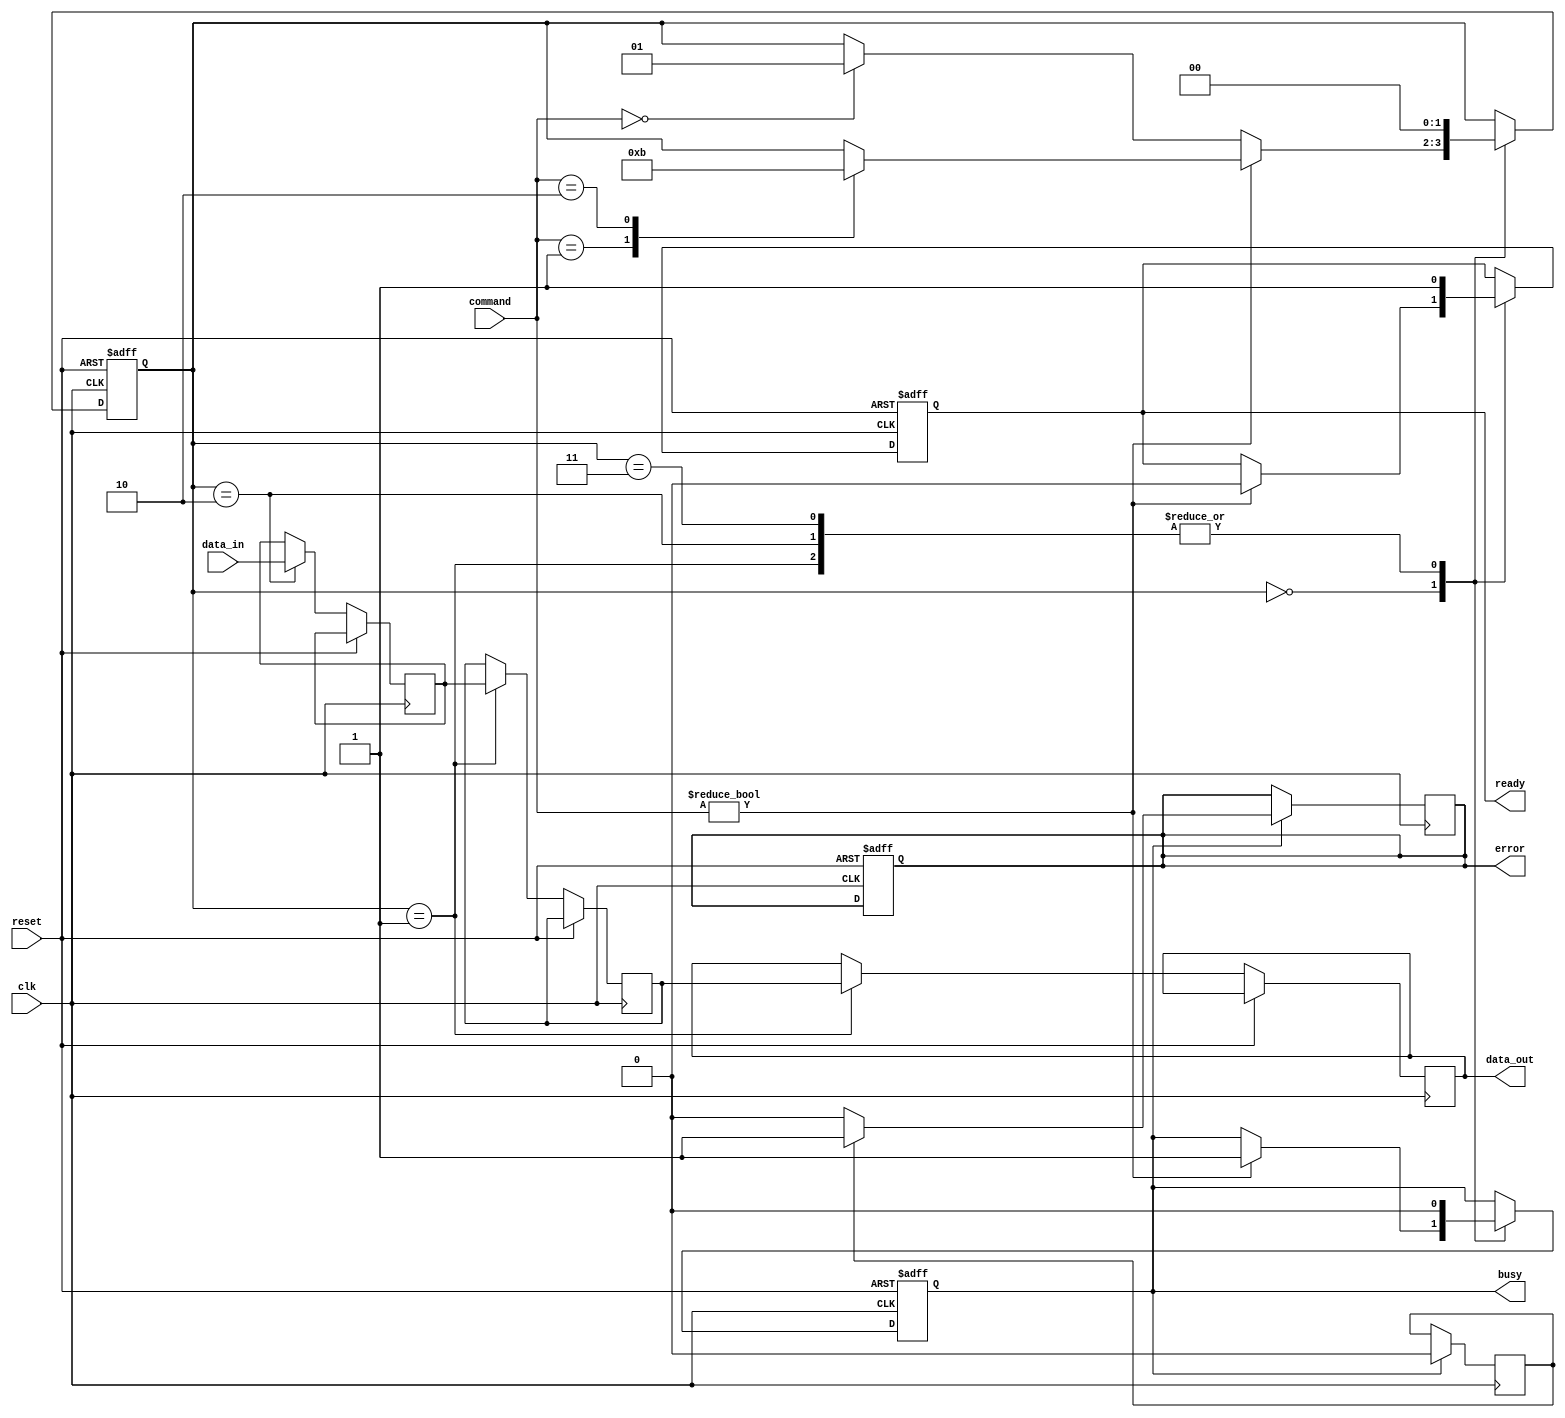
module TLC_NAND_IO_Block (
    input wire clk,                // System clock
    input wire reset,              // Reset signal
    input wire [7:0] data_in,      // Data input from external controller
    input wire [1:0] command,      // Command input (00: Read, 01: Write, 10: Erase)
    output reg [7:0] data_out,     // Data output to external controller
    output reg busy,               // Busy status
    output reg ready,              // Ready status
    output reg error               // Error status
);

// Internal signals
reg [7:0] data_buffer;            // Data buffer for latching data
reg [7:0] read_buffer;            // Read buffer for output
reg [1:0] state;                  // State machine for command processing
reg [3:0] voltage_level;          // Voltage level for write operations
reg ecc_error;                    // ECC error flag

// State definitions
localparam IDLE = 2'b00,
           READ = 2'b01,
           WRITE = 2'b10,
           ERASE = 2'b11;

// Command interface
always @(posedge clk or posedge reset) begin
    if (reset) begin
        state <= IDLE;
        busy <= 0;
        ready <= 1;
        error <= 0;
    end else begin
        case (state)
            IDLE: begin
                if (command != 2'b00) begin
                    busy <= 1;
                    ready <= 0;
                    case (command)
                        2'b01: state <= WRITE; // Write command
                        2'b10: state <= ERASE;  // Erase command
                    endcase
                end else if (command == 2'b00) begin
                    state <= READ; // Read command
                end
            end
            
            READ: begin
                // Simulate read operation
                read_buffer <= data_buffer; // Assume data_buffer holds the data to read
                data_out <= read_buffer;
                busy <= 0;
                ready <= 1;
                state <= IDLE;
            end
            
            WRITE: begin
                // Simulate write operation
                data_buffer <= data_in; // Latch data
                voltage_level <= 4'b1111; // Set voltage level for programming
                // Assume programming logic here
                busy <= 0;
                ready <= 1;
                state <= IDLE;
            end
            
            ERASE: begin
                // Simulate erase operation
                // Assume erase logic here
                busy <= 0;
                ready <= 1;
                state <= IDLE;
            end
            
            default: state <= IDLE;
        endcase
    end
end

// ECC interface (simplified)
always @(posedge clk) begin
    if (busy) begin
        // Simulate ECC processing
        ecc_error <= 0; // Assume no error for simplicity
        if (ecc_error) begin
            error <= 1; // Set error flag if ECC error detected
        end else begin
            error <= 0; // Clear error flag
        end
    end
end

endmodule